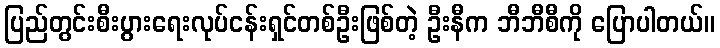
ပြည်တွင်းစီးပွားရေးလုပ်ငန်းရှင်တစ်ဦးဖြစ်တဲ့ ဦးနီက ဘီဘီစီကို ပြောပါတယ်။